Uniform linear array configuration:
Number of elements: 8
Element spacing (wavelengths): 0.75
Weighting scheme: uniform
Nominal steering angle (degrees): -60
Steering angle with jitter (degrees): -60.055
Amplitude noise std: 0.05
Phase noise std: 0.05

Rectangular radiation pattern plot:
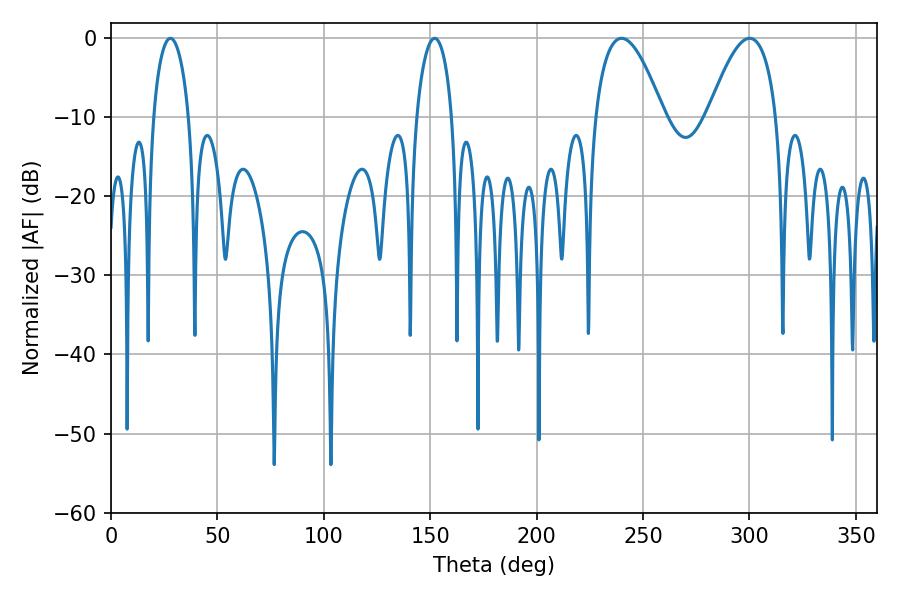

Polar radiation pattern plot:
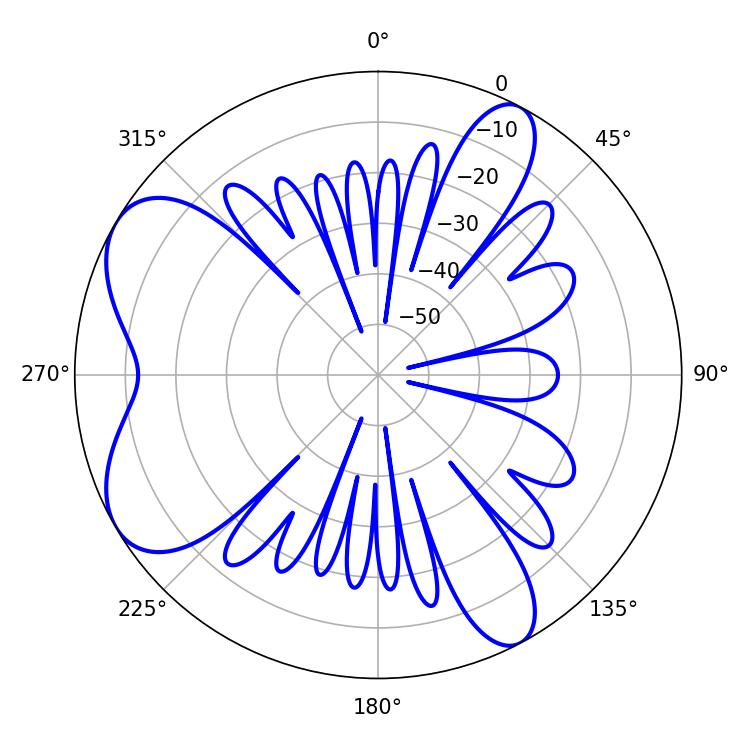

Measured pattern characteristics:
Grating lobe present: TRUE
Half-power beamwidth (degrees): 9.54
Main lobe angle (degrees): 27.9